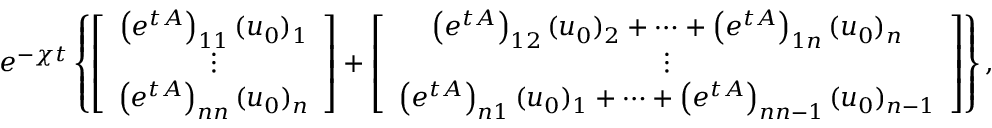
e ^ { - \chi t } \left\{ \left[ \begin{array} { c } { \left( e ^ { t A } \right) _ { 1 1 } ( u _ { 0 } ) _ { 1 } } \\ { \vdots } \\ { \left( e ^ { t A } \right) _ { n n } ( u _ { 0 } ) _ { n } } \end{array} \right] + \left[ \begin{array} { c } { \left( e ^ { t A } \right) _ { 1 2 } ( u _ { 0 } ) _ { 2 } + \cdots + \left( e ^ { t A } \right) _ { 1 n } ( u _ { 0 } ) _ { n } } \\ { \vdots } \\ { \left( e ^ { t A } \right) _ { n 1 } ( u _ { 0 } ) _ { 1 } + \cdots + \left( e ^ { t A } \right) _ { n n - 1 } ( u _ { 0 } ) _ { n - 1 } } \end{array} \right] \right\} ,